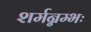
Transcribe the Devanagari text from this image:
शर्मन्नम्भः